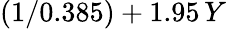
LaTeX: (1/0.385)+1.95\, Y